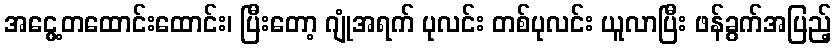
အငွေ့တထောင်းထောင်း၊ ပြီးတော့ ဂျုံအရက် ပုလင်း တစ်ပုလင်း ယူလာပြီး ဖန်ခွက်အပြည့်